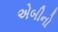
એબીનો